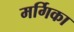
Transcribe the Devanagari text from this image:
मर्गिका